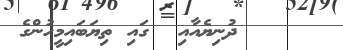
ދުނިޔެއާއި  ގައި ތިޔަބައިމީހުންގެ